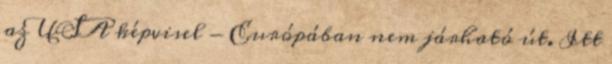
az USA képvisel - Európában nem járható út. Itt